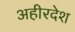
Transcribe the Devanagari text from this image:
अहीरदेश